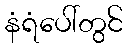
နံရံပေါ်တွင်